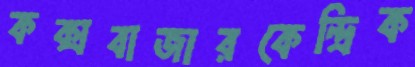
কক্সবাজারকেন্দ্রিক